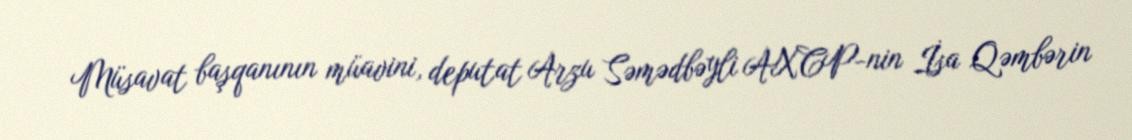
Müsavat başqanının müavini, deputat Arzu Səmədbəyli AXCP-nin İsa Qəmbərin